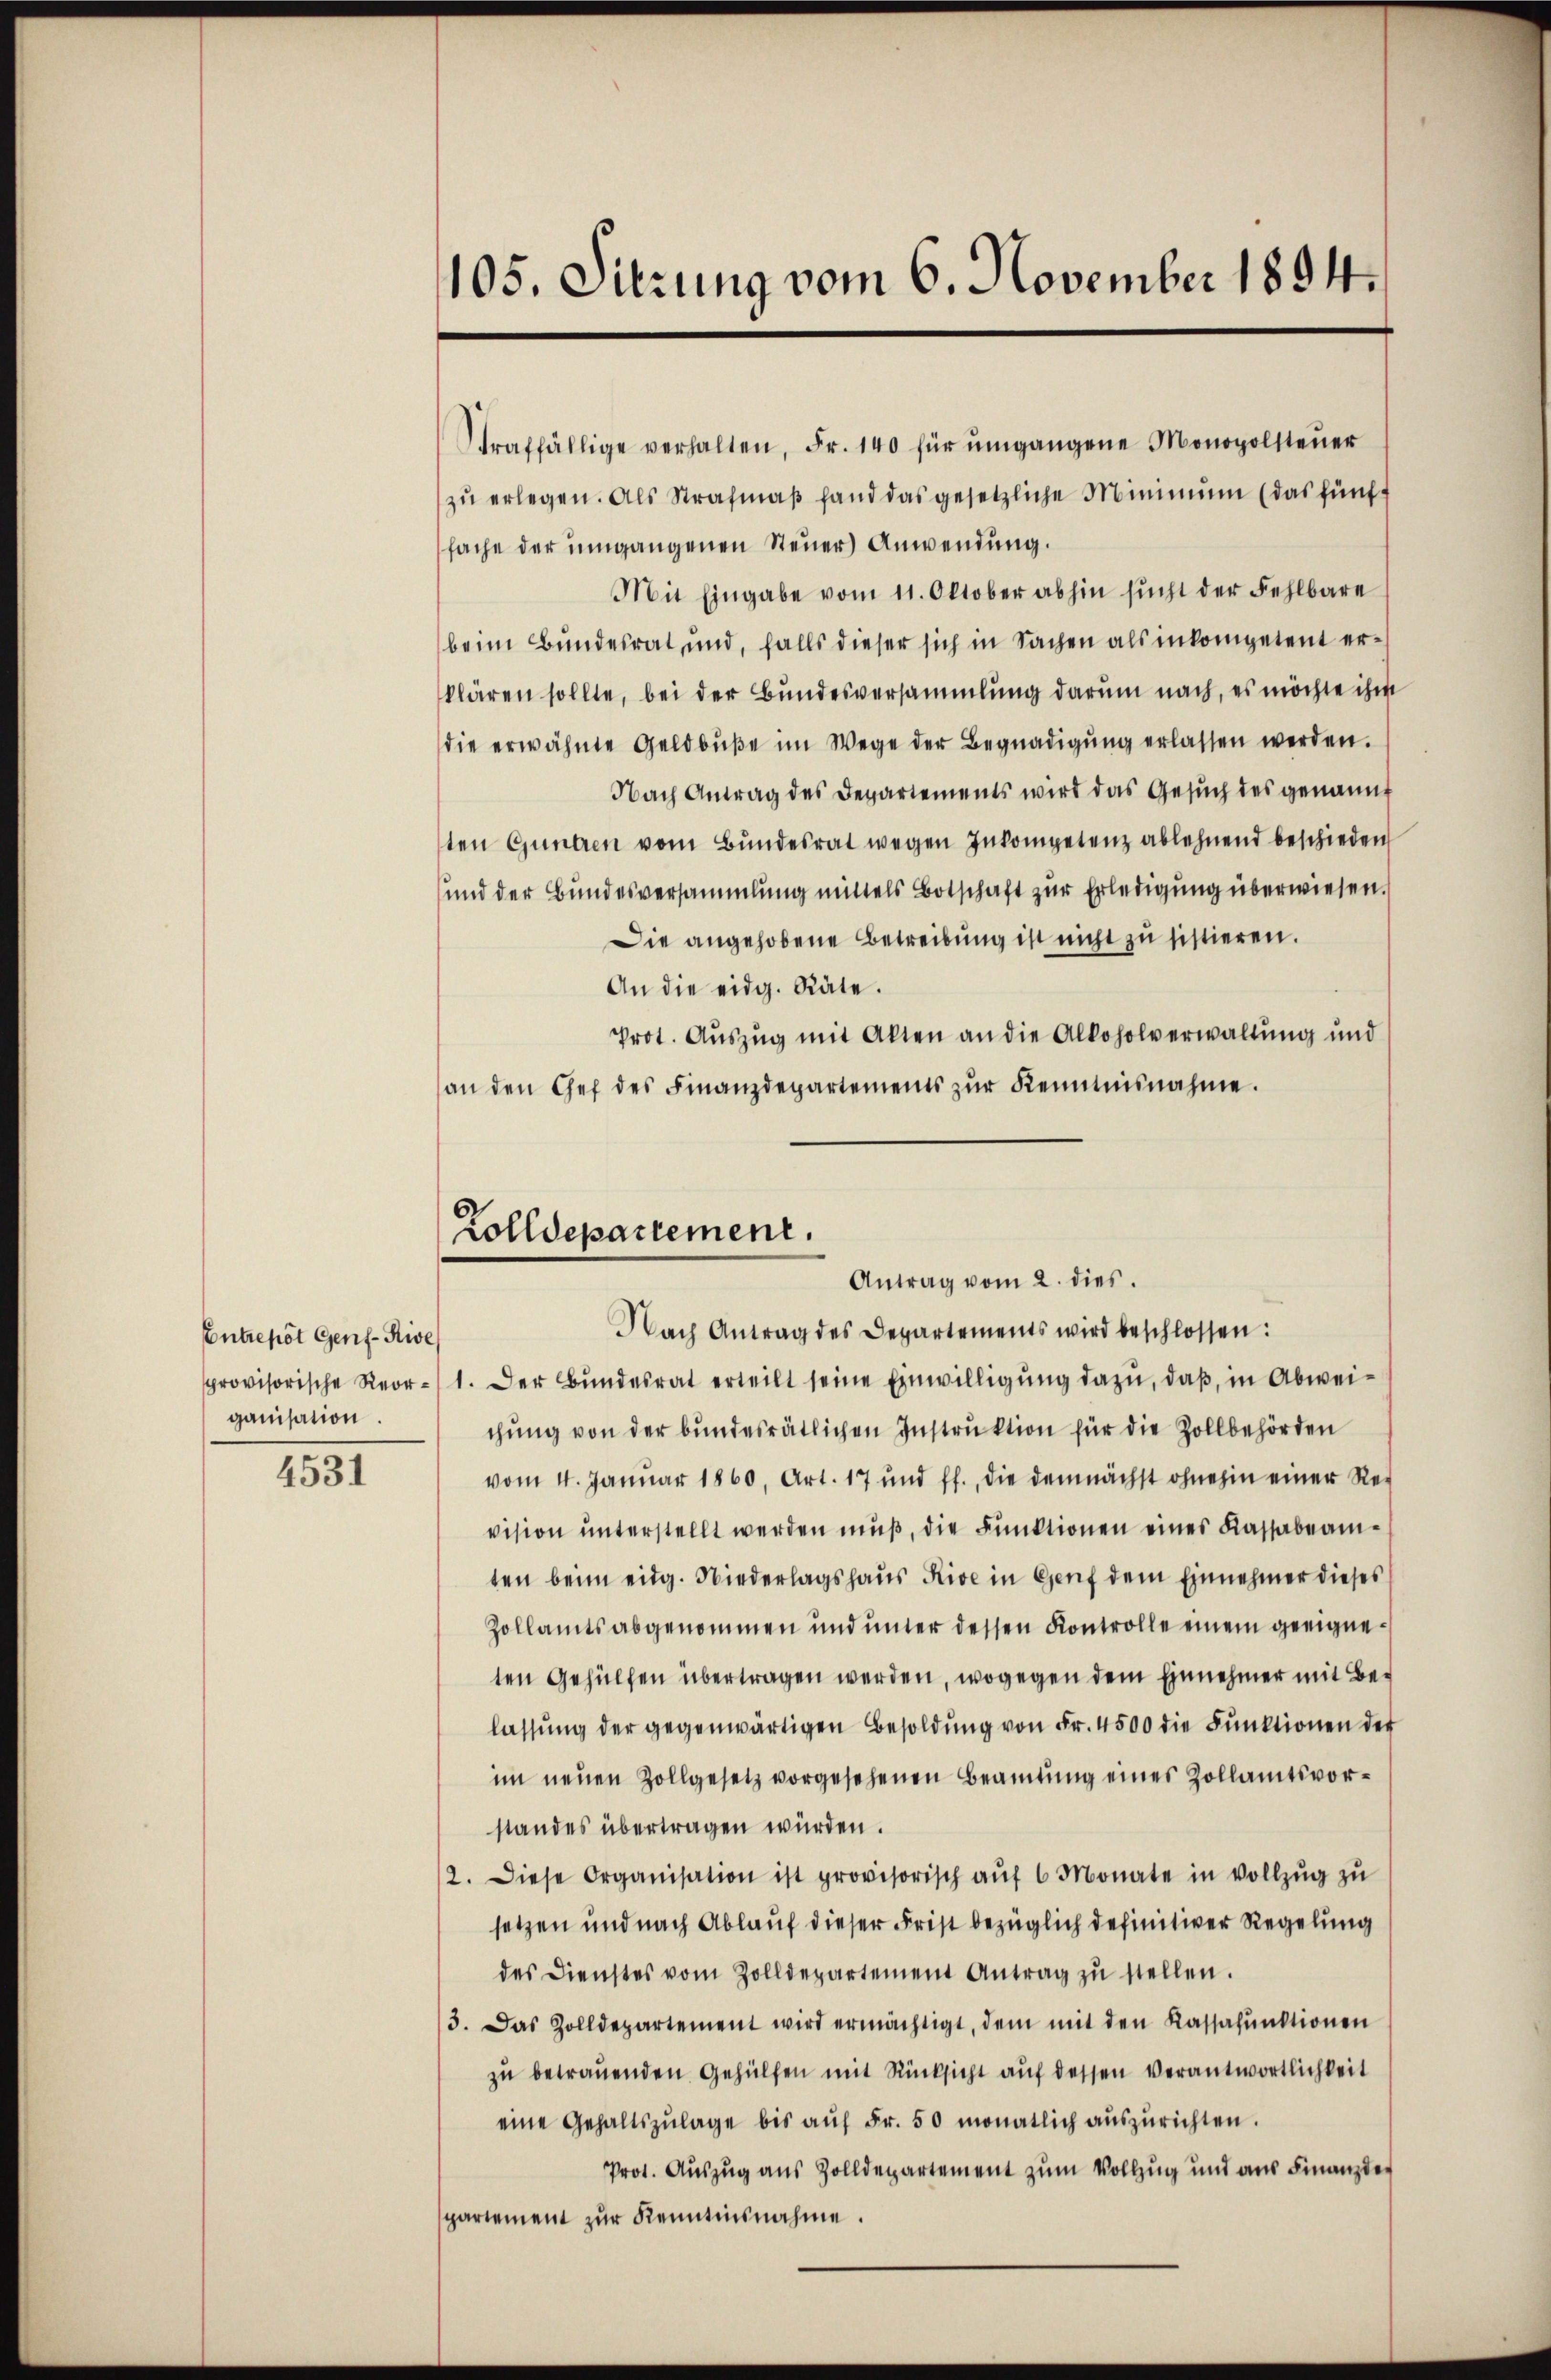
Contrepot Genf-Rive
ganisation.

4531

105. Sitzung vom 6. November 1894.

Straffällige verhalten, Fr. 140 für ŭmgangene Monopolsteŭer
zu erlegen. Als Strafmaß fand das gesetzliche Minimum (das fünfsache der umgangenen Steuer Anwendung.
Mit Eingabe vom 11. Oktober abhin sŭcht der Fehlbare
beim Bundesrat und, falls dieser sich in Sachen als inkompetent erklären sollte, bei der Bundesversammlung darum nach, es möchte ihm
die erwähnte Geldbŭβe im Wege der Begnadigŭng erlassen werden.
Nach Antrag des Departements wird das Gesuch des genannt
ten Gunden vom Bŭndesrat wegen Inkompetenz ablehnend beschieden
und der Bundesversammlung mittels Botschaft zur Erledigung überwiesen.
Die angehobene Betreibung ist nicht zu sistieren.
An die eidg. Räte.
Prot. Auszug mit Alten an die Alkoholverwaltung und
an den Gef des Finanzdepartements zŭr Kenntnisnahme.

Rolldepartement.
Antrag vom 2. dies
Nach Antrag des Departements wird beschlossen:

provisorische Reor- 1. Der Bŭndesrat erteilt seine Einwilligŭng dazu, daβ in Abwei-
chŭng von der bundesrätlichen Instruktion für die Zollbehörden
vom 4. Januar 1860, Art. 17 und ff., die demnächst ohnehin einer Re-
vision unterstellt werden muß, die Funktionen eines Kassabeamten beim eidg. Niederlagshaus Rive in Genf dem Einnehmer dieses
Zollamts abgenommen und unter dessen Kontrolle einem geeigneten Gehülfen übertragen werden, wogegen dem Einnehmer mit Belassŭng der gegenwärtigen Besoldŭng von Fr. 4500 die Fŭnktionen der
im neuen Zollgesetz vorgesehenen Beamtung eines Zollamtsvorstandes übertragen würden.
2. Diese Organisation ist provisorisch aŭf 6 Monate in Vollzŭg zŭ
setzen und nach Ablauf dieser Frist bezüglich definitiver Regelung
des Dienstes vom Zolldepartement Antrag zŭ stellen.
3. Das Zolldepartement wird ermächtigt, dem mit den Kassafŭnktionen
zŭ betrauenden Gehülfen mit Rücksicht auf dessen Verantwortlichkeit
eine Gehaltszŭlage bis aŭf Fr. 50 monatlich aŭszŭrichten.
Prot. Auszug aus Zolldepartement zum Vollzug und aus Finanzde
partement zur Kenntnisnahme.